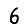
Digit: 6